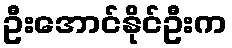
ဦးအောင်နိုင်ဦးက